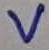
Text: V